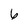
Character: 6